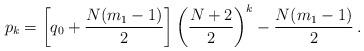
LaTeX: \begin{align*}p_{k}= \left[ q_0 + \frac{N(m_1-1)}{2} \right] \left( \frac{N+2}{2} \right)^k - \frac{N(m_1-1)}{2} \, .\end{align*}